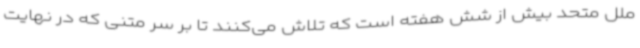
ملل متحد بیش از شش هفته است که تلاش می‌کنند تا بر سر متنی که در نهایت